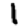
Digit: 1